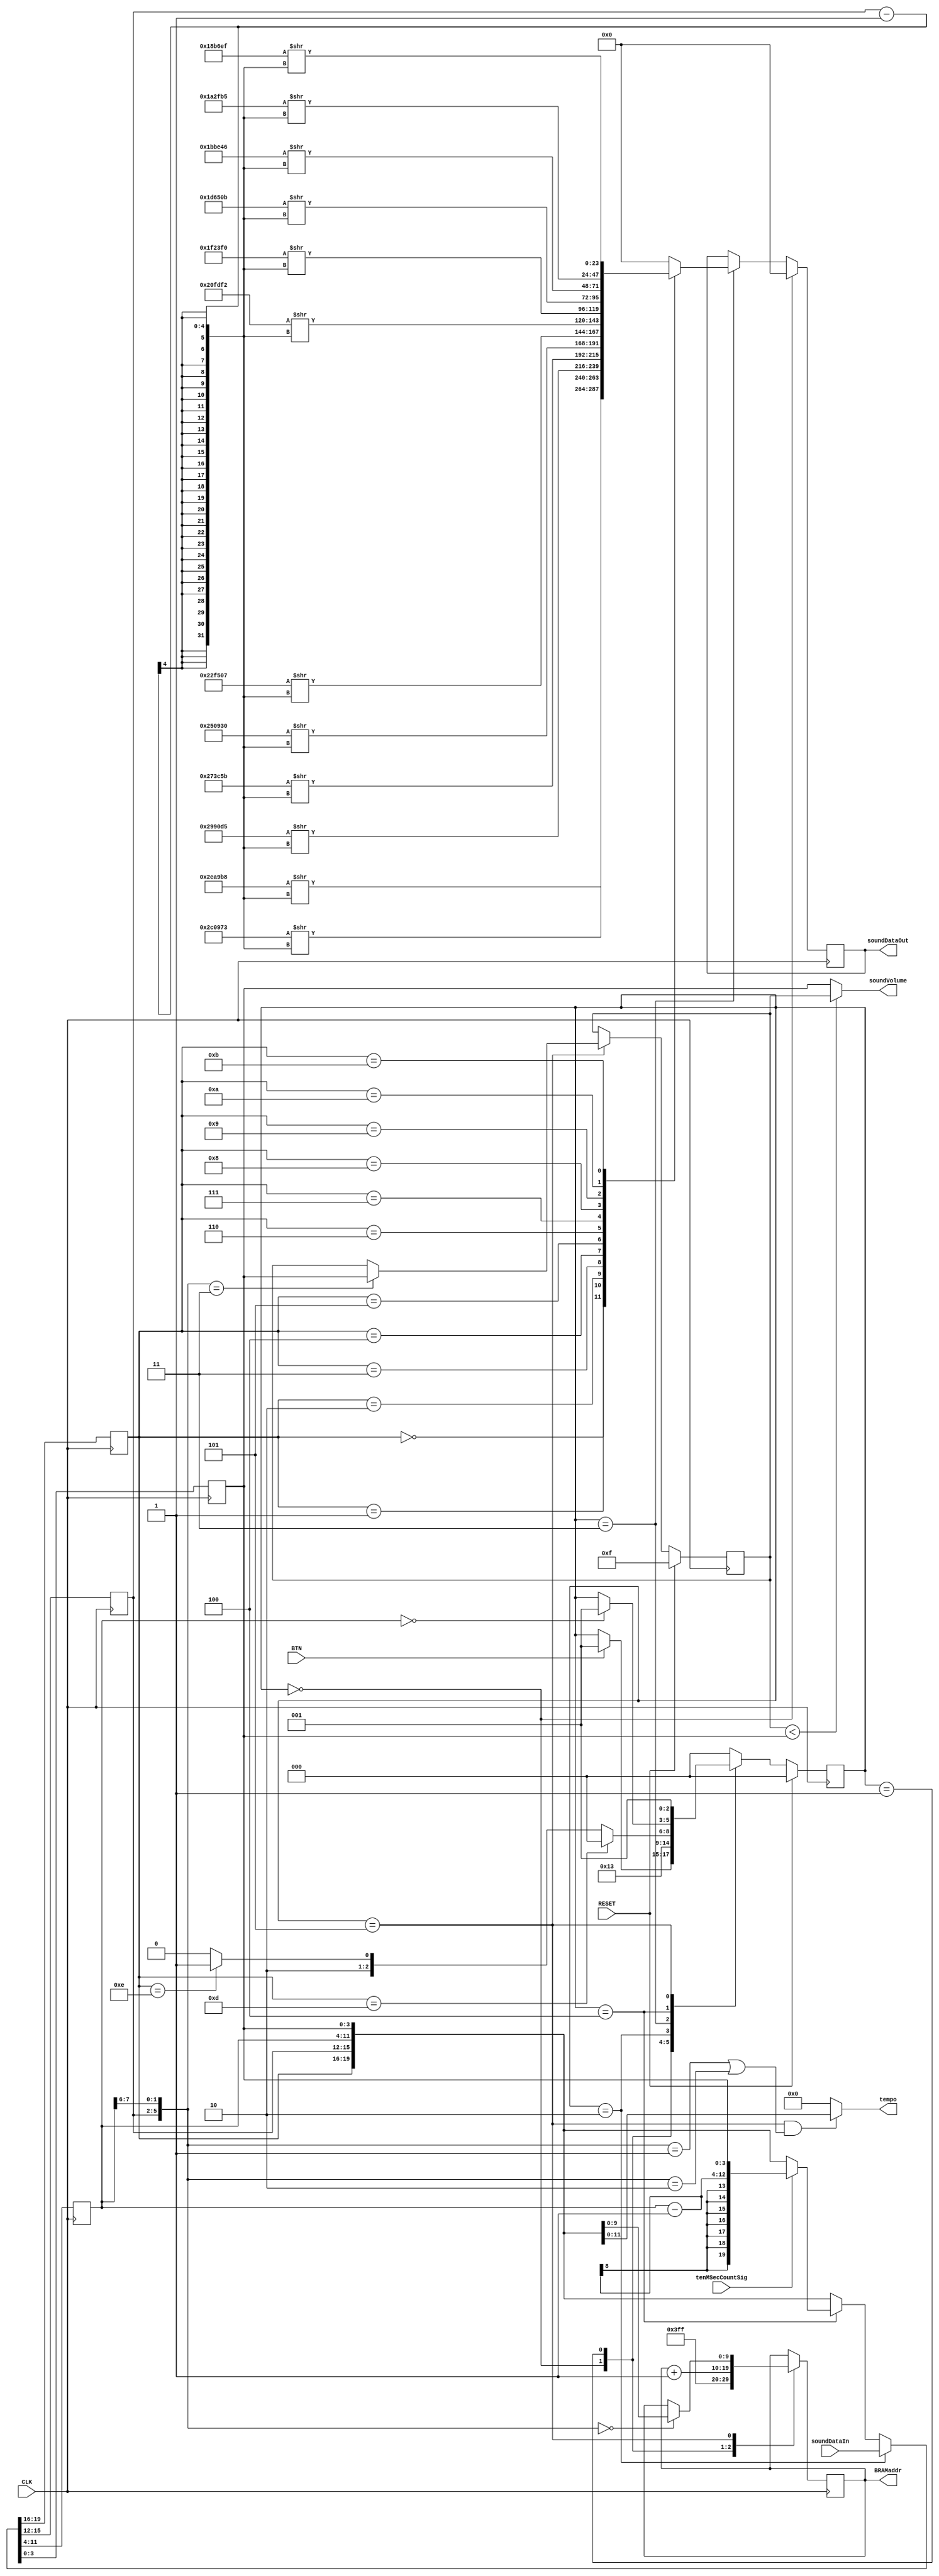
module sequencer(
  input CLK,
  input RESET,
  input BTN,
  input [19:0] soundDataIn,
  input tenMSecCountSig,
  output [9:0] BRAMaddr,
  output [23:0] soundDataOut,
  output [3:0] soundVolume,
  output [11:0] tempo
  );

  reg [2:0] state;
  reg [3:0] note;
  reg [3:0] octave;
  reg [7:0] lengthOfPeriod;
  reg [3:0] volume;

  parameter [2:0]
    INIT = 3'd0,
    SETADDR = 3'd1,
    LOADDATA = 3'd2,
    DECODE = 3'd3,
    OUTPUT = 3'd4,
    COMMAND = 3'd5;

  always@(posedge CLK) begin
    if(RESET)
      state <= INIT;
    else
      case(state)
        INIT: begin
          if(BTN) state <= SETADDR;
          else    state <= state;
        end
        SETADDR: state <= LOADDATA;
	    LOADDATA: state <= DECODE;
	    DECODE: begin
	      if(note == 4'hD)
	        state <= INIT;
	      else if(note == 4'hE)
	        state <= COMMAND;
	      else
	        state <= OUTPUT;
	    end
        OUTPUT: begin
	      if(lengthOfPeriod == 0)
	        state <= SETADDR;
	      else
	        state <= state;
	    end
	    COMMAND: state <= SETADDR;
	    default: state <= INIT;
      endcase
  end
  
  reg [9:0] addr;

  always@(posedge CLK) begin
    case(state)
      INIT: addr <= 10'h3FF;
      SETADDR: addr <= addr + 1;
      COMMAND: begin
        if({octave, lengthOfPeriod[7:6]} == 6'b000000)
          addr <= {lengthOfPeriod[5:0], volume};
      end
      default: addr <= addr;
    endcase
  end

  assign BRAMaddr = addr;

  always@(posedge CLK) begin
    if(state == LOADDATA)
      {note, octave, lengthOfPeriod, volume} <= soundDataIn;
    else if(state == OUTPUT) begin
      if(tenMSecCountSig)
        {note, octave, lengthOfPeriod, volume} <= {note, octave, lengthOfPeriod - 1, volume};
      else 
        {note, octave, lengthOfPeriod, volume} <= {note, octave, lengthOfPeriod, volume};
    end
    else
      {note, octave, lengthOfPeriod, volume} <= {note, octave, lengthOfPeriod, volume};
  end

  reg [23:0] outData;

  always@(posedge CLK) begin
    if(state == INIT)
      outData <= 0;
    else if(state == DECODE)
      case(note)
        4'h0: outData <= 24'd3058104 >> (octave - 1);
        4'h1: outData <= 24'd2886003 >> (octave - 1);
        4'h2: outData <= 24'd2724053 >> (octave - 1);
        4'h3: outData <= 24'd2571355 >> (octave - 1);
        4'h4: outData <= 24'd2427184 >> (octave - 1);
        4'h5: outData <= 24'd2290951 >> (octave - 1);
        4'h6: outData <= 24'd2162162 >> (octave - 1);
        4'h7: outData <= 24'd2040816 >> (octave - 1);
        4'h8: outData <= 24'd1926411 >> (octave - 1);
        4'h9: outData <= 24'd1818182 >> (octave - 1);
        4'hA: outData <= 24'd1716149 >> (octave - 1);
        4'hB: outData <= 24'd1619695 >> (octave - 1);
        default: outData <= 24'd0;
      endcase
    else
      outData <= outData;
  end

  assign soundDataOut = outData;
  
  reg [3:0] filterVolume;
  
  always@(posedge CLK) begin
    if(RESET)
      filterVolume <= 4'hF;
    else
      if(state == COMMAND)
        if({octave, lengthOfPeriod[7:6]} == 6'd3)
          filterVolume <= volume;
        else
          filterVolume <= filterVolume;
  end
  
  assign soundVolume = (filterVolume < volume) ? filterVolume : volume;
  
  assign tempo = (state == COMMAND && ({octave, lengthOfPeriod[7:6]} == 6'd1 || {octave, lengthOfPeriod[7:6]} == 6'd2)) ? {lengthOfPeriod, volume} : 12'd0;

endmodule